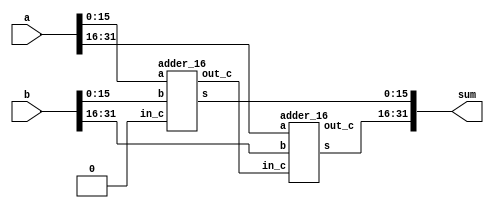
module Add(
    input [31:0] a,
    input [31:0] b,
    output [31:0] sum
);
wire t = 0;
wire carry_1;
wire carry_2;
adder_16 Add1(.a(a[15:0]), .b(b[15:0]), .in_c(t), .out_c(carry_1), .s(sum[15:0]));
adder_16 Add2(.a(a[31:16]), .b(b[31:16]), .in_c(carry_1), .out_c(carry_2), .s(sum[31:16]));
endmodule //Add

module CLU(
    input [3:0] g,
    input [3:0] p,
    input in_c,
    output [3:0] c
);
assign c[0] = g[0] | in_c & p[0];
assign c[1] = g[1] | g[0] & p[1] | in_c & p[1] & p[0];
assign c[2] = g[2] | g[1] & p[2] | g[0] & p[2] & p[1] | in_c & p[2] & p[1] & p[0];
assign c[3] = g[3] | g[2] & p[3] | g[1] & p[3] & p[2] | g[0] & p[3] & p[2] & p[1] | in_c & p[3] & p[2] & p[1] & p[0];
endmodule //CLU

module add_4(
    input [3:0] g,
    input [3:0] p,
    input in_c,
    output [3:0] s
);
wire [3:0] c, t;

assign t = ~g & p;
CLU clu(.g(g), .p(p), .in_c(in_c), .c(c));
assign s[0] = t[0] ^ in_c;
assign s[1] = t[1] ^ c[0];
assign s[2] = t[2] ^ c[1];
assign s[3] = t[3] ^ c[2];

endmodule //add_4

module pgm_4(
    input [3:0] g,
    input [3:0] p,
    output gm,
    output pm
);
assign gm = g[3] | g[2] & p[3] | g[1] & p[3] & p[2] | g[0] & p[3] & p[2] & p[1];
assign pm = p[3] & p[2] & p[1] & p[0];
endmodule //pgm_4

module adder_16(
    input [15:0] a,
    input [15:0] b,
    input in_c,
    output out_c,
    output [15:0] s
);
wire [15:0] g, p;
wire [3:0] pm, gm, c;
assign g = a & b;
assign p = a | b;
pgm_4   PG0 (.g(g[3:0]), .p(p[3:0]), .gm(gm[0]), .pm(pm[0])),
        PG1 (.g(g[7:4]), .p(p[7:4]), .gm(gm[1]), .pm(pm[1])),
        PG2 (.g(g[11:8]), .p(p[11:8]), .gm(gm[2]), .pm(pm[2])),
        PG3 (.g(g[15:12]), .p(p[15:12]), .gm(gm[3]), .pm(pm[3]));

CLU clu(.g(gm), .p(pm), .in_c(in_c), .c(c));

add_4   ADD0 (.g(g[3:0]), .p(p[3:0]), .in_c(in_c), .s(s[3:0])),
        ADD1 (.g(g[7:4]), .p(p[7:4]), .in_c(c[0]), .s(s[7:4])),
        ADD2 (.g(g[11:8]), .p(p[11:8]), .in_c(c[1]), .s(s[11:8])),
        ADD3 (.g(g[15:12]), .p(p[15:12]), .in_c(c[2]), .s(s[15:12]));
assign out_c = c[3];
endmodule //add_16